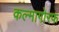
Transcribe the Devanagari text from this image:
कल्मागोरफ